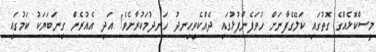
މީސްކޮޅެއްގެ ގޮތުގައި ކަލޭގެފާނަށް ހުވަފެންފުޅުގައި ދެއްކެވިހިނދު ހަނދުމަކުރާށެވެ! އަދި އެއުރެން ގިނަބަޔަކު ކަމުގައި